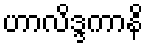
ဟာလိဒ္ဒကာနိ